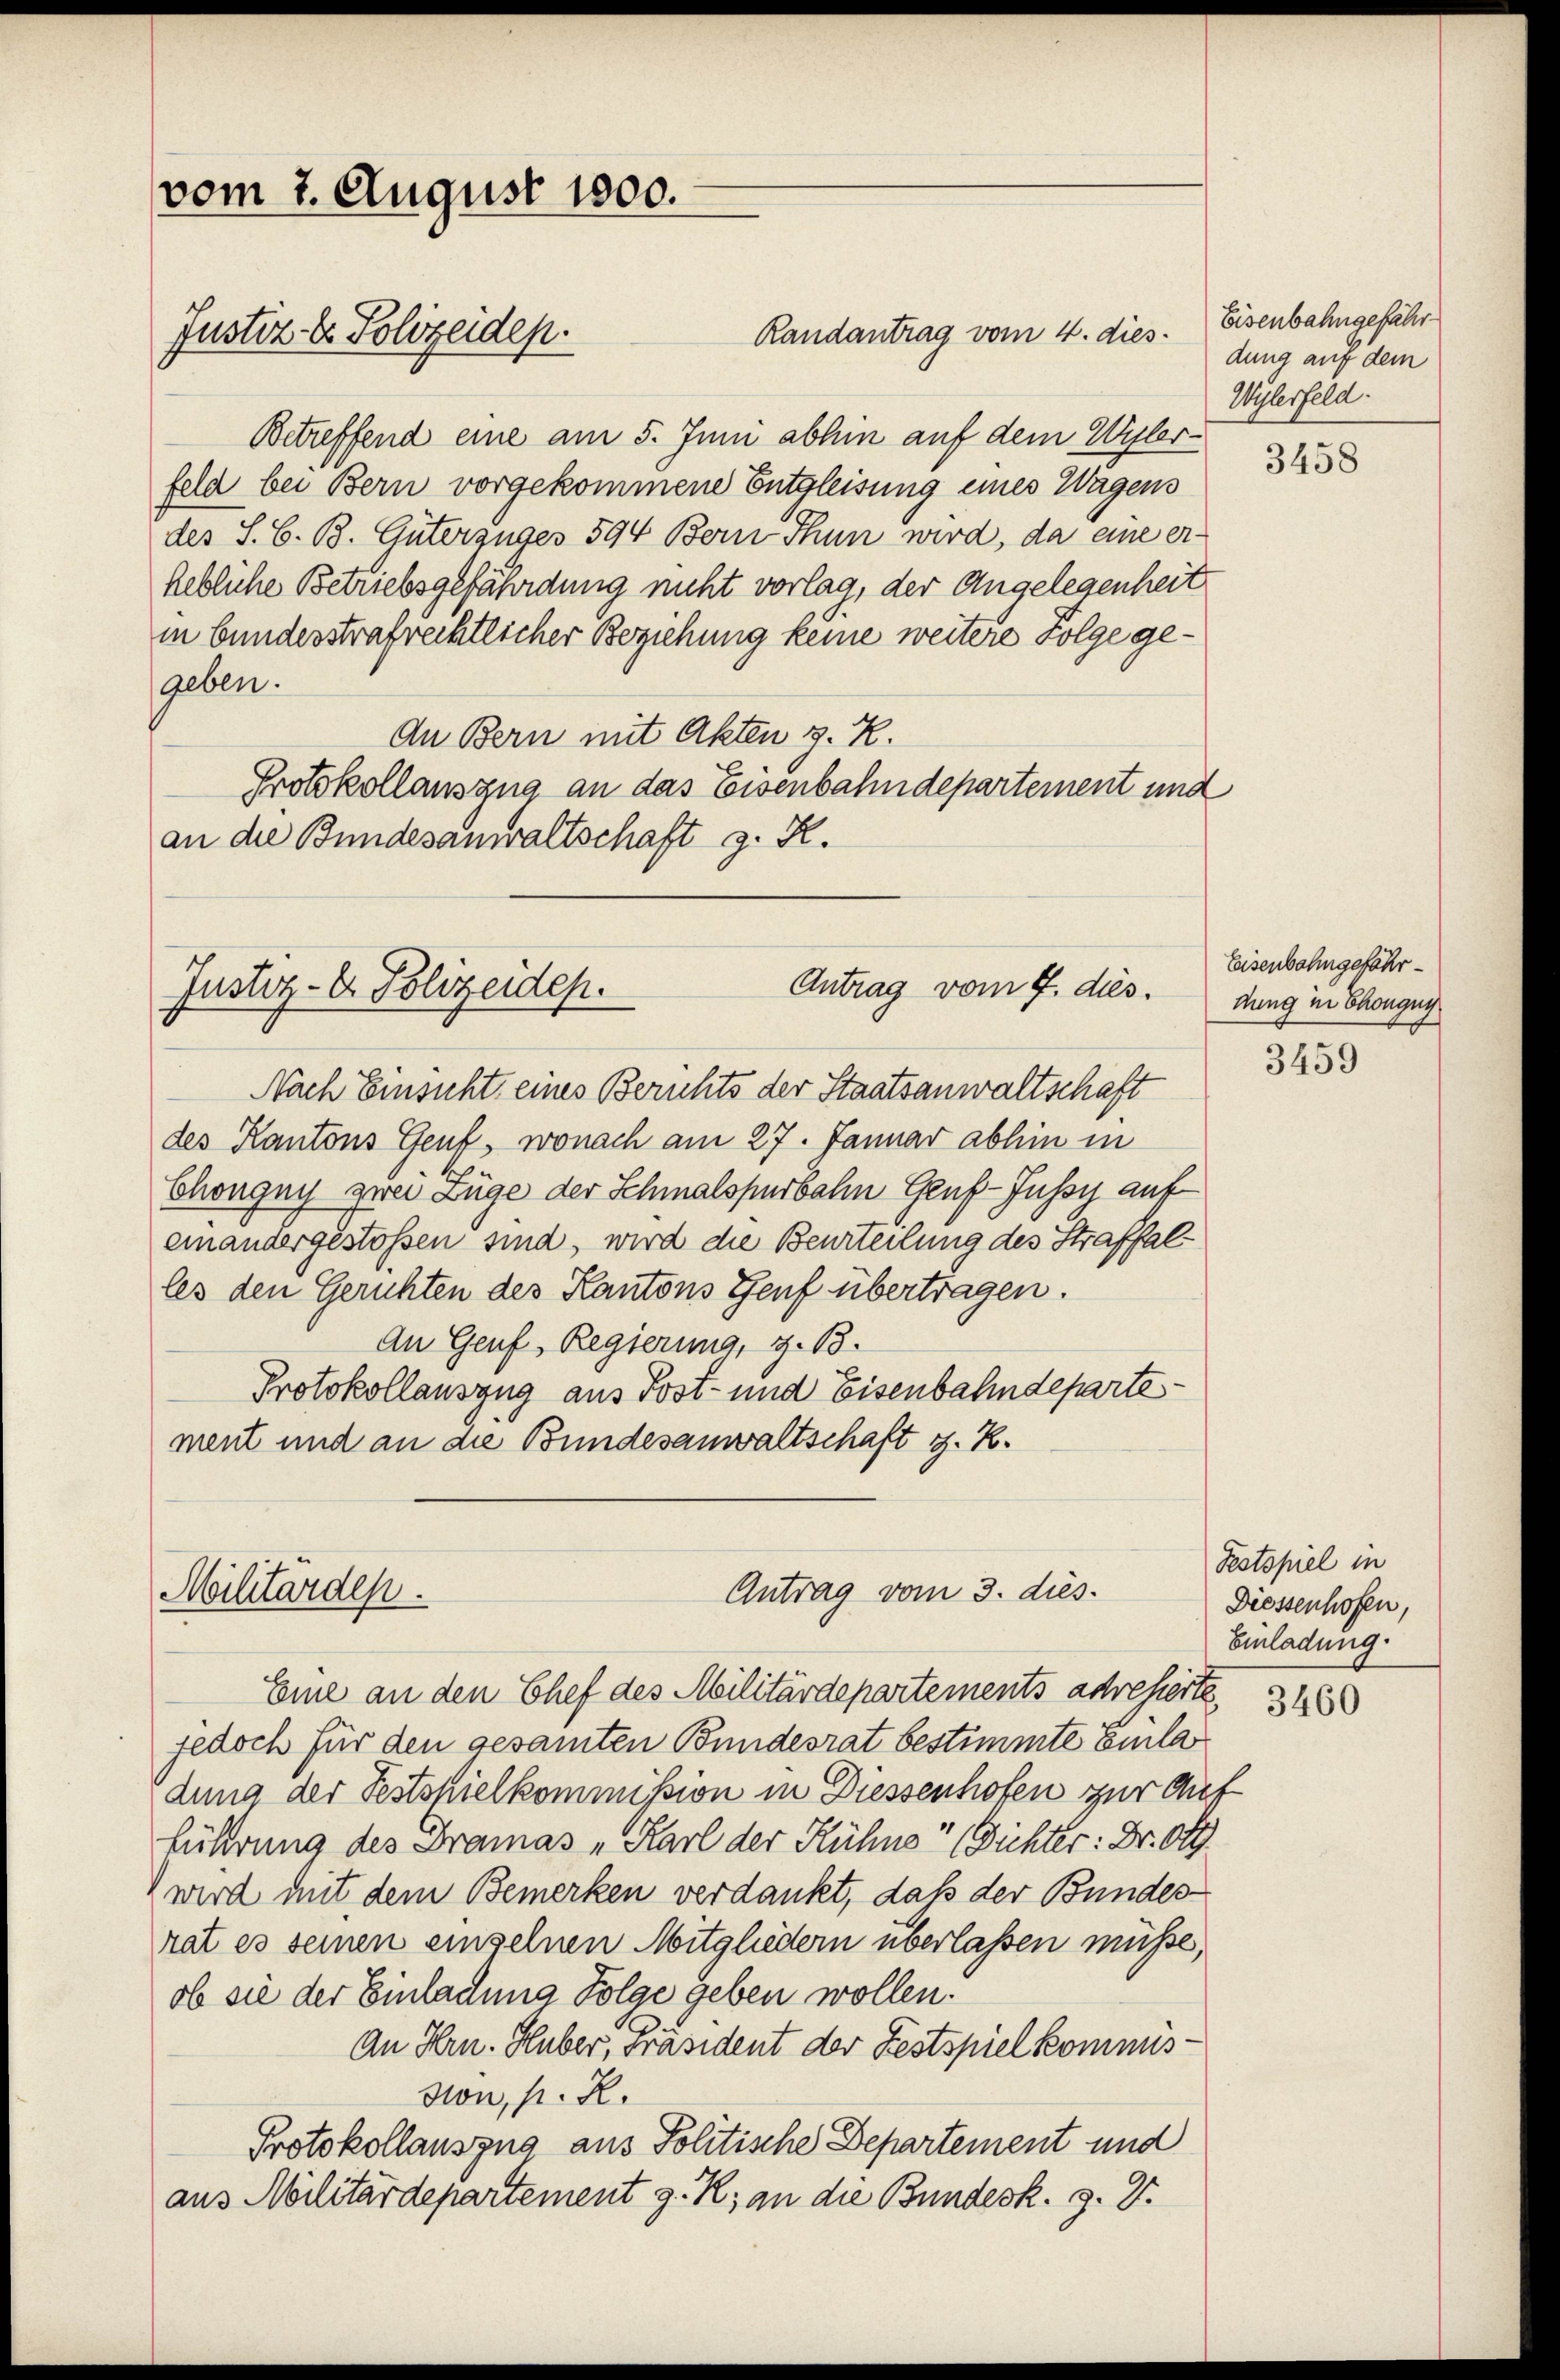
vom 7. August 1800.
Justiz- & Polizeiden.

Randantrag vom 4. dies
Betreffend eine am 5. Juni abhin auf dem Willerfeld bei Bern vorgekommene Entgleisung eines Wagens
des S. 6. B. Güterzuges 594 Bern Thun wird, da eine erhebliche Betriebsgefährdung nicht vorlag, der Angelegenheit
in bundesstrafrechtlicher Beziehung keine weitere Folge gegeben.
An Bern mit Akten z. R.
Protokollauszug an das Eisenbahndepartement und
an die Bundesanwaltschaft z. R.

Nach Einsicht eines Berichts der Staatsanwaltschaft
des Kantons Genf, wonach am 27. Januar abhin in
Chongny zwei Züge der Schmalspurbahn Genf-Jussy auf
einandergestossen sind, wird die Beurteilung des Straffalles den Gerichten des Kantons Genf übertragen.
An Genf, Regierung, z. B.
Protokollauszug aus Post- und Eisenbahndepartement und an die Bundesanwaltschaft z. K.

Antrag vom 7. dies
Justiz- & Polizeiden.

Militärdep

Antrag vom 3. dies.

Eisenbahngefährdung auf dem
Wylerfeld.

Eine an den Chef des Militärdepartements adresierte,
jedoch für den gesamten Bundesrat bestimmte Einla
dung der Festspielkommission in Diessenhofen zur Auf
führung des Dramas „Karl der Kühne" (Dichter: Dr. Ott
wird mit dem Bemerken verdankt, daß der Bundes-
rat es seinen einzelnen Mitgliedern überlassen müsse,
ob sie der Einladung Folge geben wollen.
An Hrn. Huber, Präsident der Festspiel kommisdon, s. R.
Protokollauszug aus Politische Departement und
aus Militärdepartement z. R. an die Bundesk. §. 2.

3458

Eisenbahngefährdung in Chongnis

3459

Festspiel in
Diessenhofen,
Einladung.

3460